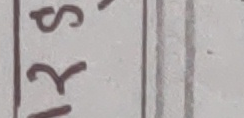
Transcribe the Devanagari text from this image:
स र इ